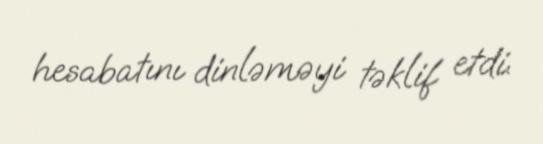
hesabatını dinləməyi təklif etdi.